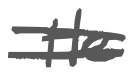
Text: He
Cross-out: double-line
Writing tool: digital_gray